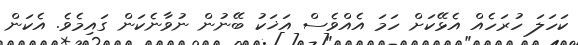
ކަހަލަ ހުރަހެއް އެޅޭކަށް ހަމަ އެއްވެސް އަޚަކު ބޭނުން ނުވާނެކަން ގައިމެވެ. އެކަން